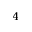
_ 4